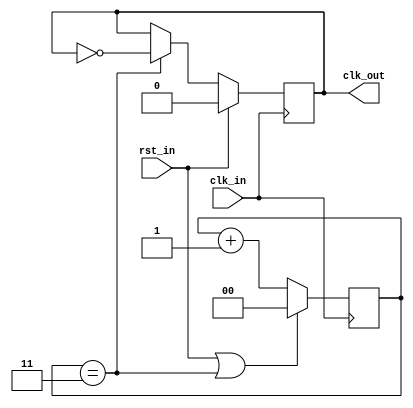
//******************************************************************************
// Copyright (c) 2018 - 2023, Indian Institute of Science, Bangalore.
// All Rights Reserved. See LICENSE for license details.
//------------------------------------------------------------------------------

// Contributors // Manish Kumar(manishkumar5@iisc.ac.in), Shubham Yadav(shubhamyadav@iisc.ac.in)
// Sajin S (sajins@alum.iisc.ac.in), Shubham Sunil Garag (shubhamsunil@alum.iisc.ac.in)
// Anuj Phegade (anujphegade@alum.iisc.ac.in), Deepshikha Gusain (deepshikhag@alum.iisc.ac.in)
// Ronit Patel (ronitpatel@alum.iisc.ac.in), Vishal Kumar (vishalkumar@alum.iisc.ac.in)
// Kuruvilla Varghese (kuru@iisc.ac.in)
//******************************************************************************
`timescale 1ns/1ps

(* keep_hierarchy = "yes" *)
module clkdiv
#(
    parameter DIVIDE_BY = 8
)
(
    input  wire clk_in,
    input  wire rst_in,

    output wire clk_out
);

localparam MAX = (DIVIDE_BY/2)-1;

reg [$clog2(DIVIDE_BY/2)-1:0] cnt;
reg toggle;

wire overflow = (cnt==MAX);

always @(posedge clk_in) begin
    if(rst_in | overflow)
        cnt <= 0;
    else
        cnt <= cnt + 1;
end

always @(posedge clk_in) begin
    if(rst_in)
        toggle <= 1'b0;
    else if(overflow)
        toggle <= ~toggle;
end

assign clk_out = toggle;

endmodule